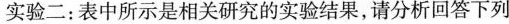
实验二：表中所示是相关研究的实验结果，请分析回答下列